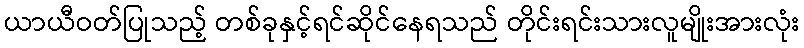
ယာယီဝတ်ပြုသည့် တစ်ခုနှင့်ရင်ဆိုင်နေရသည် တိုင်းရင်းသားလူမျိုးအားလုံး